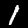
Digit: 1